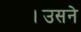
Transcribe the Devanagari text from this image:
।उसने